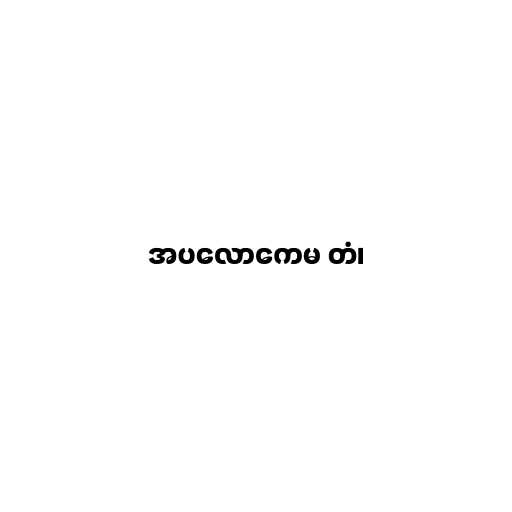
အပလောကေမ တံ၊